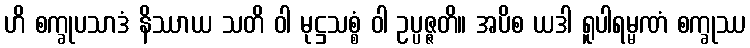
ဟိ စက္ခုပသာဒံ နိဿာယ သတိ ဝါ မုဋ္ဌသစ္စံ ဝါ ဥပ္ပဇ္ဇတိ။ အပိစ ယဒါ ရူပါရမ္မဏံ စက္ခုဿ